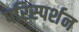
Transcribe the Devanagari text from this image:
परिस्‍पर्शन